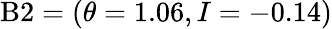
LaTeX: \mathrm{B}2=(\theta=1.06,I=-0.14)